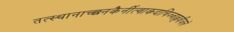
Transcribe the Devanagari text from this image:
तत्स्थानाच्छनकैर्नीत्वाकदाचिज्जाह्नवीजले